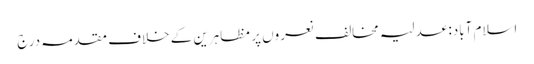
اسلام آباد: عدلیہ مخالف نعروں پر مظاہرین کے خلاف مقدمہ درج